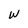
Character: W